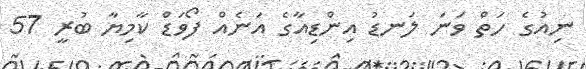
ނިއުގެ ހަތް ވަނަ ލަނޑު އިންޑިއާގެ އަނެއް ފޯވަޑް ކާމިޔާ ބުރީ 57